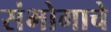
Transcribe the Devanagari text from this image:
संभोगाचे